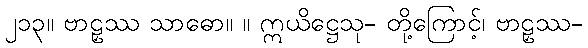
၂၁၃။ ဗာဠှဿ သာဓော။ ။ ဣယိဋ္ဌေသု- တို့ကြောင့်၊ ဗာဠှဿ-